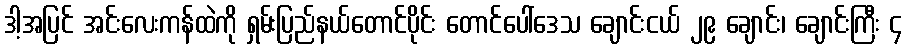
ဒါ့အပြင် အင်းလေးကန်ထဲကို ရှမ်းပြည်နယ်တောင်ပိုင်း တောင်ပေါ်ဒေသ ချောင်းငယ် ၂၉ ချောင်း၊ ချောင်းကြီး ၄